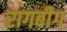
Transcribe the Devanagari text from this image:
रागबीग